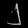
Digit: ၂